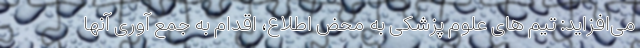
می‌افزاید: تیم های علوم پزشکی به محض اطلاع، اقدام به جمع آوری آنها